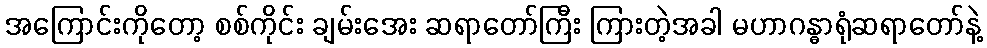
အကြောင်းကိုတော့ စစ်ကိုင်း ချမ်းအေး ဆရာတော်ကြီး ကြားတဲ့အခါ မဟာဂန္ဓာရုံဆရာတော်နဲ့